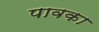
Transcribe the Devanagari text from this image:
पावका